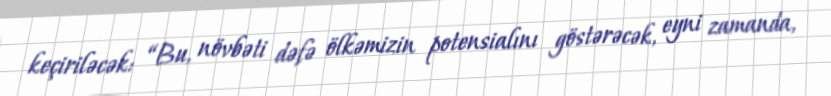
keçiriləcək: “Bu, növbəti dəfə ölkəmizin potensialını göstərəcək, eyni zamanda,